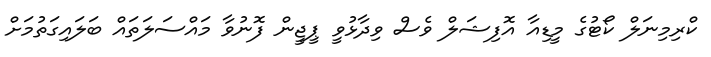
ކްރިމިނަލް ކޯޓުގެ މީޑިއާ އޮފިޝަލް ވެސް ވިދާޅުވީ ޕީޖީން ފޮނުވާ މައްސަލަތައް ބަލައިގަތުމަށް